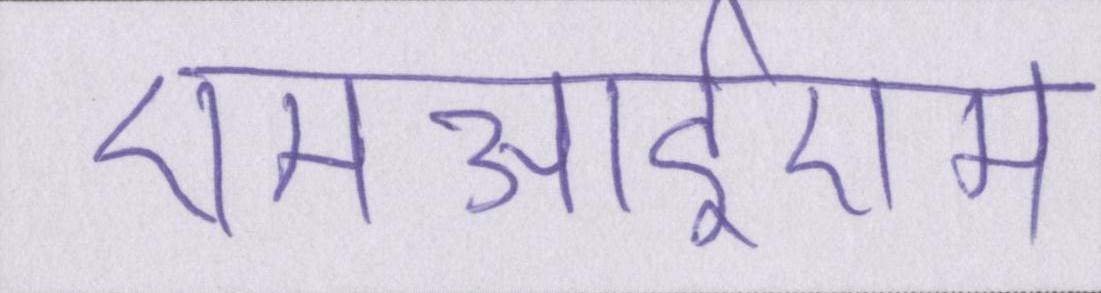
एमआईएम